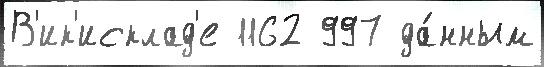
В'ик'исклад'е 1162 997 да́нным